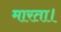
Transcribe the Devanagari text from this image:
मारता।